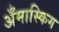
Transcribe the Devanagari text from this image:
अँमास्किग